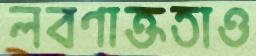
লবণাক্ততাও